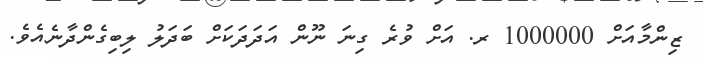
ޒިންމާއަށް 1000000 ރ. އަށް ވުރެ ގިނަ ނޫން އަދަދަކަށް ބަދަލު ލިބިގެންދާނެއެވެ.